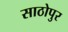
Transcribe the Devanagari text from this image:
साठोपुर